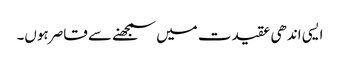
ایسی اندھی عقیدت میں سمجھنے سے قاصر ہوں۔